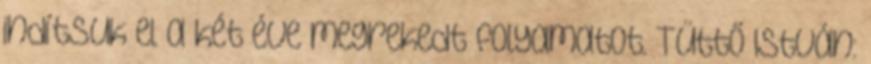
indítsuk el a két éve megrekedt folyamatot. Tüttő István: